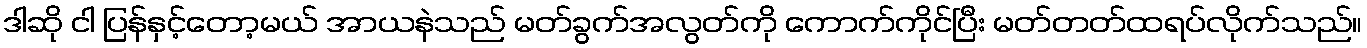
ဒါဆို ငါ ပြန်နှင့်တော့မယ် အာယနဲသည် မတ်ခွက်အလွတ်ကို ကောက်ကိုင်ပြီး မတ်တတ်ထရပ်လိုက်သည်။